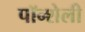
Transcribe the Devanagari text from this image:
पॉन्शेली